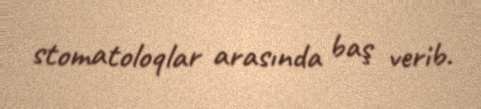
stomatoloqlar arasında baş verib.